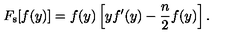
F _ { \mathrm { s } } [ f ( y ) ] = f ( y ) \left[ y f ^ { \prime } ( y ) - \frac { n } { 2 } f ( y ) \right] .